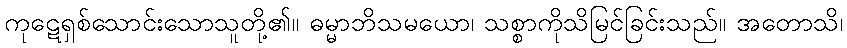
ကုဋေရှစ်သောင်းသောသူတို့၏။ ဓမ္မာဘိသမယော၊ သစ္စာကိုသိမြင်ခြင်းသည်။ အတောသိ၊